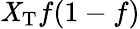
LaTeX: \mathit{X}_{\mathrm{{T}}}f(1-f)